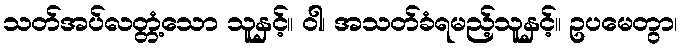
သတ်အပ်လတ္တံ့သော သူနှင့်။ ဝါ၊ အသတ်ခံရမည့်သူနှင့်။ ဥပမေတွာ၊